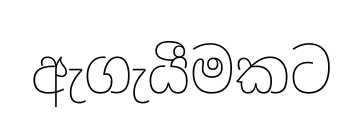
ඇගැයීමකට